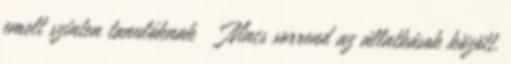
emelt szinten tanulóknak Nincs sorrend az állatkások között.